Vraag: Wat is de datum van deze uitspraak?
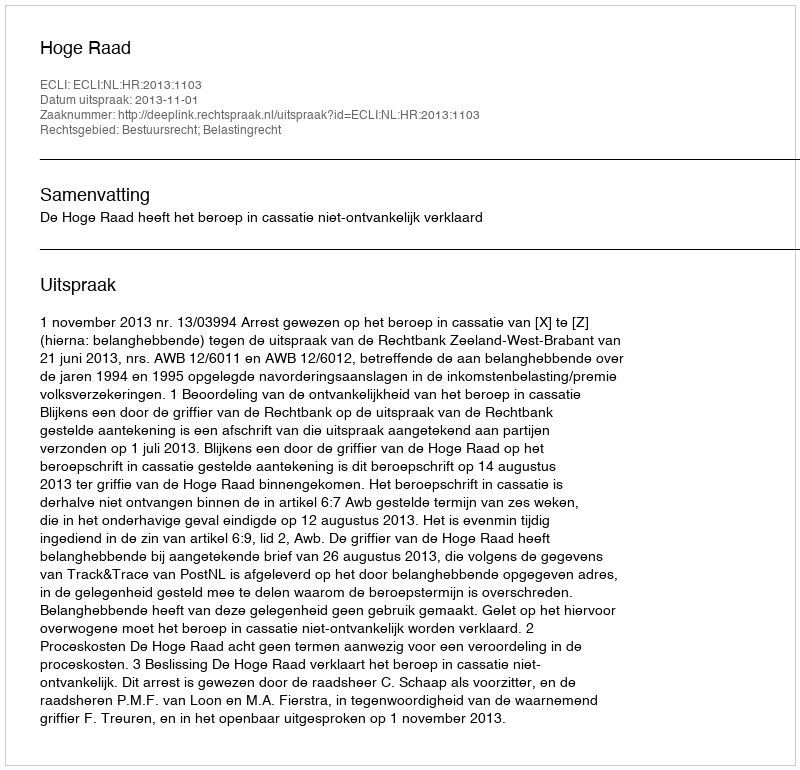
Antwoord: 2013-11-01